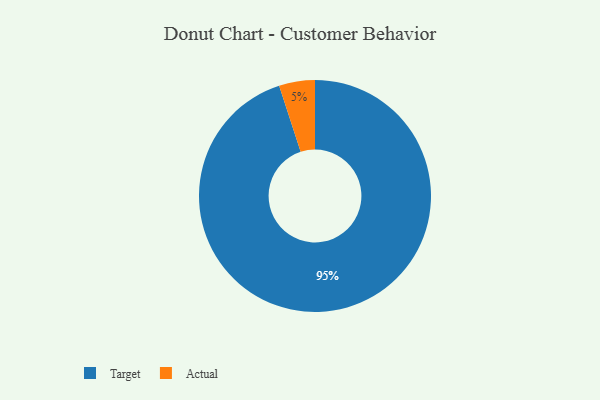
{"axis": {"x": "Category", "y": "Percentage"}, "legend": ["Actual", "Target"], "data": [{"x": "Actual", "y": 5, "type": "Actual"}, {"x": "Target", "y": 95, "type": "Target"}]}